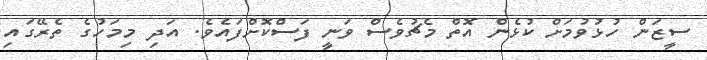
ސީޒަން ހުޅުވުމަށް ކުޅެން އޮތް މެޗުވެސް ވަނީ ފަސްކޮށްފައެވެ. އަދި މިމަހުގެ ތެރޭގައި